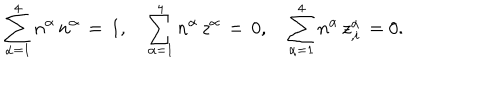
\sum _ { \alpha = 1 } ^ { 4 } n ^ { \alpha } \, n ^ { \alpha } \, = \, 1 , \quad \sum _ { \alpha = 1 } ^ { 4 } n ^ { \alpha } \, z ^ { \alpha } \, = \, 0 , \quad \sum _ { \alpha = 1 } ^ { 4 } n ^ { \alpha } \, z _ { , i } ^ { \alpha } \, = 0 .